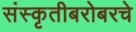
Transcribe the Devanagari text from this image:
संस्कृतीबरोबरचे